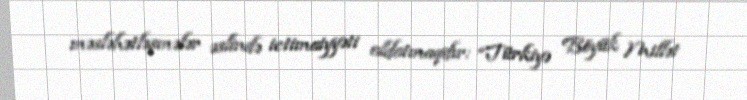
məsləhətləşmələr əslində ictimaiyyəti aldatmaqdır: “Türkiyə Böyük Millət